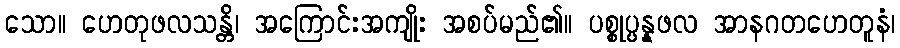
သော။ ဟေတုဖလသန္တိ၊ အကြောင်းအကျိုး အစပ်မည်၏။ ပစ္စုပ္ပန္နဖလ အာနဂတဟေတူနံ၊